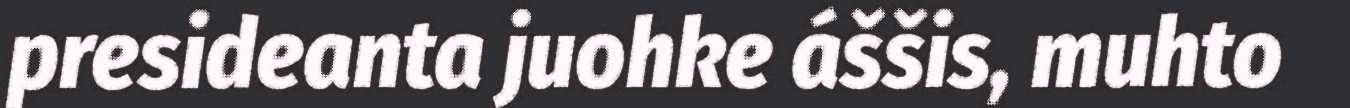
presideanta juohke áššis, muhto